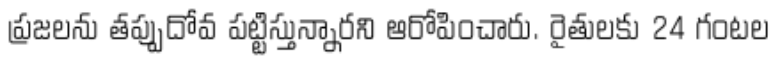
ప్రజలను తప్పుదోవ పట్టిస్తున్నారని ఆరోపించారు. రైతులకు 24 గంటల